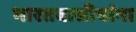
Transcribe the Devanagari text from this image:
भारतवासीयांना